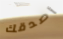
أصدقك